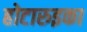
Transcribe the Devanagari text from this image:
होटारुइका